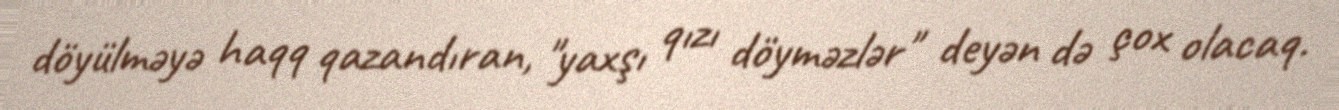
döyülməyə haqq qazandıran, "yaxşı qızı döyməzlər" deyən də çox olacaq.